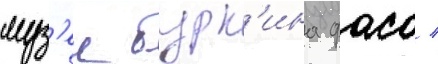
муз'еи бурк'ина фасо /